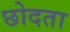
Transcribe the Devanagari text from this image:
छोदता